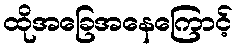
ထိုအခြေအနေကြောင့်